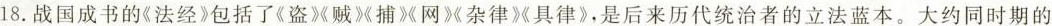
18. 战国成书的《法经》包括了《盗》《贼》《捕》《网》《杂律》《具律》，是后来历代统治者的立法蓝本。大约同时期的